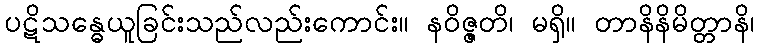
ပဋိသန္ဓေယူခြင်းသည်လည်းကောင်း။ နဝိဇ္ဇတိ၊ မရှိ။ တာနိနိမိတ္တာနိ၊